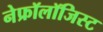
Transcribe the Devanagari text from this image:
नेफ्रॉलॉजिस्ट